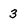
Character: 3